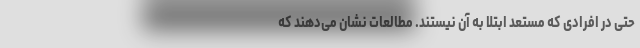
حتی در افرادی که مستعد ابتلا به آن نیستند. مطالعات نشان می‌دهند که